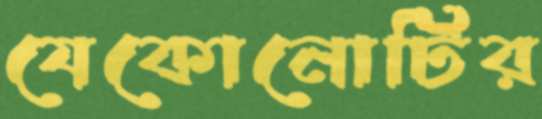
যেকোনোটির